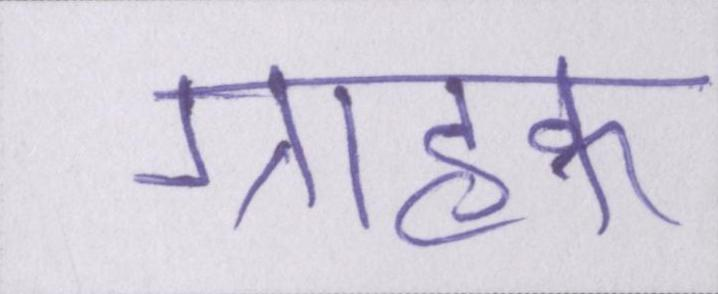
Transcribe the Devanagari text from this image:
ग्राहक